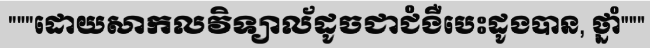
"""ដោយសាកលវិទ្យាល័ដូចជាជំងឺបេះដូងបាន, ថ្នាំ"""